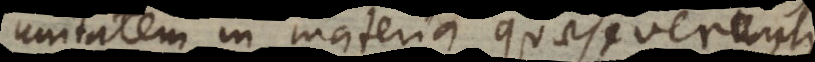
unitatem in materia quaesiverunt,